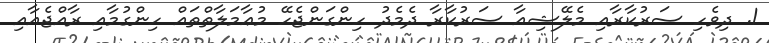
1. ދިވެހި ސަރުކާރާއި މެލޭޝިއާ ސަރުކާރާ ދެމެދު ހިންގަންޖެހޭ މުޢާމަލާތްތައް ހިންގުމާއި ރާއްޖެއާއި